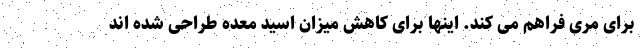
برای مری فراهم می کند. اینها برای کاهش میزان اسید معده طراحی شده اند